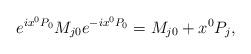
LaTeX: \begin{align*}e^{ix^{0}P_{0}}M_{j0} e^{-ix^{0}P_{0}} = M_{j0}+x^{0} P_{j},\end{align*}